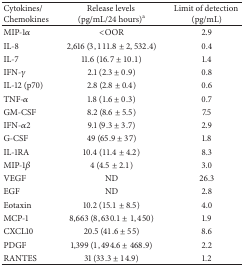
<table><thead><tr><td><b>Cytokines/Chemokines</b></td><td><b>Release levels (pg/mL/24 hours)<sup>a</sup></b></td><td><b>Limit of detection (pg/mL)</b></td></tr></thead><tbody><tr><td>MIP-1<i>α</i></td><td>&lt;OOR</td><td>2.9</td></tr><tr><td>IL-8</td><td>2,616 (3,111.8 ± 2,532.4)</td><td>0.4</td></tr><tr><td>IL-7</td><td>11.6 (16.7 ± 10.1)</td><td>1.4</td></tr><tr><td>IFN-<i>γ</i></td><td>2.1 (2.3 ± 0.9)</td><td>0.8</td></tr><tr><td>IL-12 (p70)</td><td>2.8 (2.8 ± 0.4)</td><td>0.6</td></tr><tr><td>TNF-<i>α</i></td><td>1.8 (1.6 ± 0.3)</td><td>0.7</td></tr><tr><td>GM-CSF</td><td>8.2 (8.6 ± 5.5)</td><td>7.5</td></tr><tr><td>IFN-<i>α</i>2</td><td>9.1 (9.3 ± 3.7)</td><td>2.9</td></tr><tr><td>G-CSF</td><td>49 (65.9 ± 37)</td><td>1.8</td></tr><tr><td>IL-1RA</td><td>10.4 (11.4 ± 4.2)</td><td>8.3</td></tr><tr><td>MIP-1<i>β</i></td><td>4 (4.5 ± 2.1)</td><td>3.0</td></tr><tr><td>VEGF</td><td>ND</td><td>26.3</td></tr><tr><td>EGF</td><td>ND</td><td>2.8</td></tr><tr><td>Eotaxin</td><td>10.2 (15.1 ± 8.5)</td><td>4.0</td></tr><tr><td>MCP-1</td><td>8,663 (8,630.1 ± 1,450)</td><td>1.9</td></tr><tr><td>CXCL10</td><td>20.5 (41.6 ± 55)</td><td>8.6</td></tr><tr><td>PDGF</td><td>1,399 (1,494.6 ± 468.9)</td><td>2.2</td></tr><tr><td>RANTES</td><td>31 (33.3 ± 14.9)</td><td>1.2</td></tr></tbody></table>